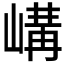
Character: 𡻉